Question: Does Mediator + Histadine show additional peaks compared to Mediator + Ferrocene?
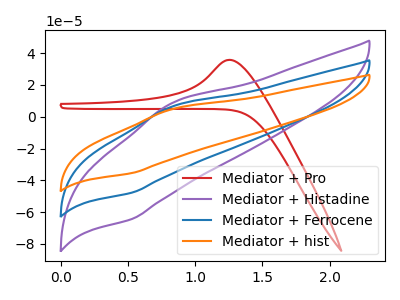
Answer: <think>The red curve "Mediator + Pro" has an anodic peak at: (1.25V, 35.70uA). The purple curve "Mediator + Histadine" has an anodic peak at (0.80V, 8.40uA) and a cathodic peak at (0.55V, -64.30uA). The blue curve "Mediator + Ferrocene" has an anodic peak at (0.80V, 6.20uA) and a cathodic peak at (0.55V, -47.70uA). The orange curve "Mediator + hist" has an anodic peak at (0.80V, 12.45uA) and a cathodic peak at (0.55V, -95.45uA).
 All the peaks in "Mediator + Histadine" have a peak in "Mediator + Ferrocene" at the same potential. Every peak in "Mediator + Histadine" is higher than every peak in "Mediator + Ferrocene".</think>
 <answer>No, "Mediator + Histadine" and "Mediator + Ferrocene" don't appear to be significantly different in shape</answer>
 <eval>no_change</eval>